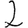
Digit: 2